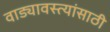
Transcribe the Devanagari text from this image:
वाड्यावस्त्यांसाठी